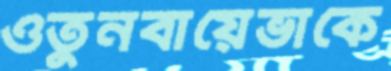
ওতুনবায়েভাকে